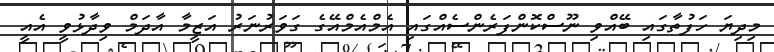
މިދިޔަ ހަފުތާގައި ބޭއްވި ނޫސްކޮންފަރެންސެއްގައި އެމްއެމްއޭގެ ގަވަރުނަރު އަޒީމާ އާދަމް ވިދާޅުވީ އެއީ